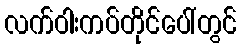
လက်ဝါးကပ်တိုင်ပေါ်တွင်